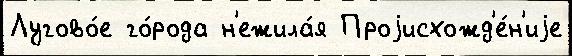
Лугово́е го́рода н'ежила́я Проjисхожд'е́н'иjе